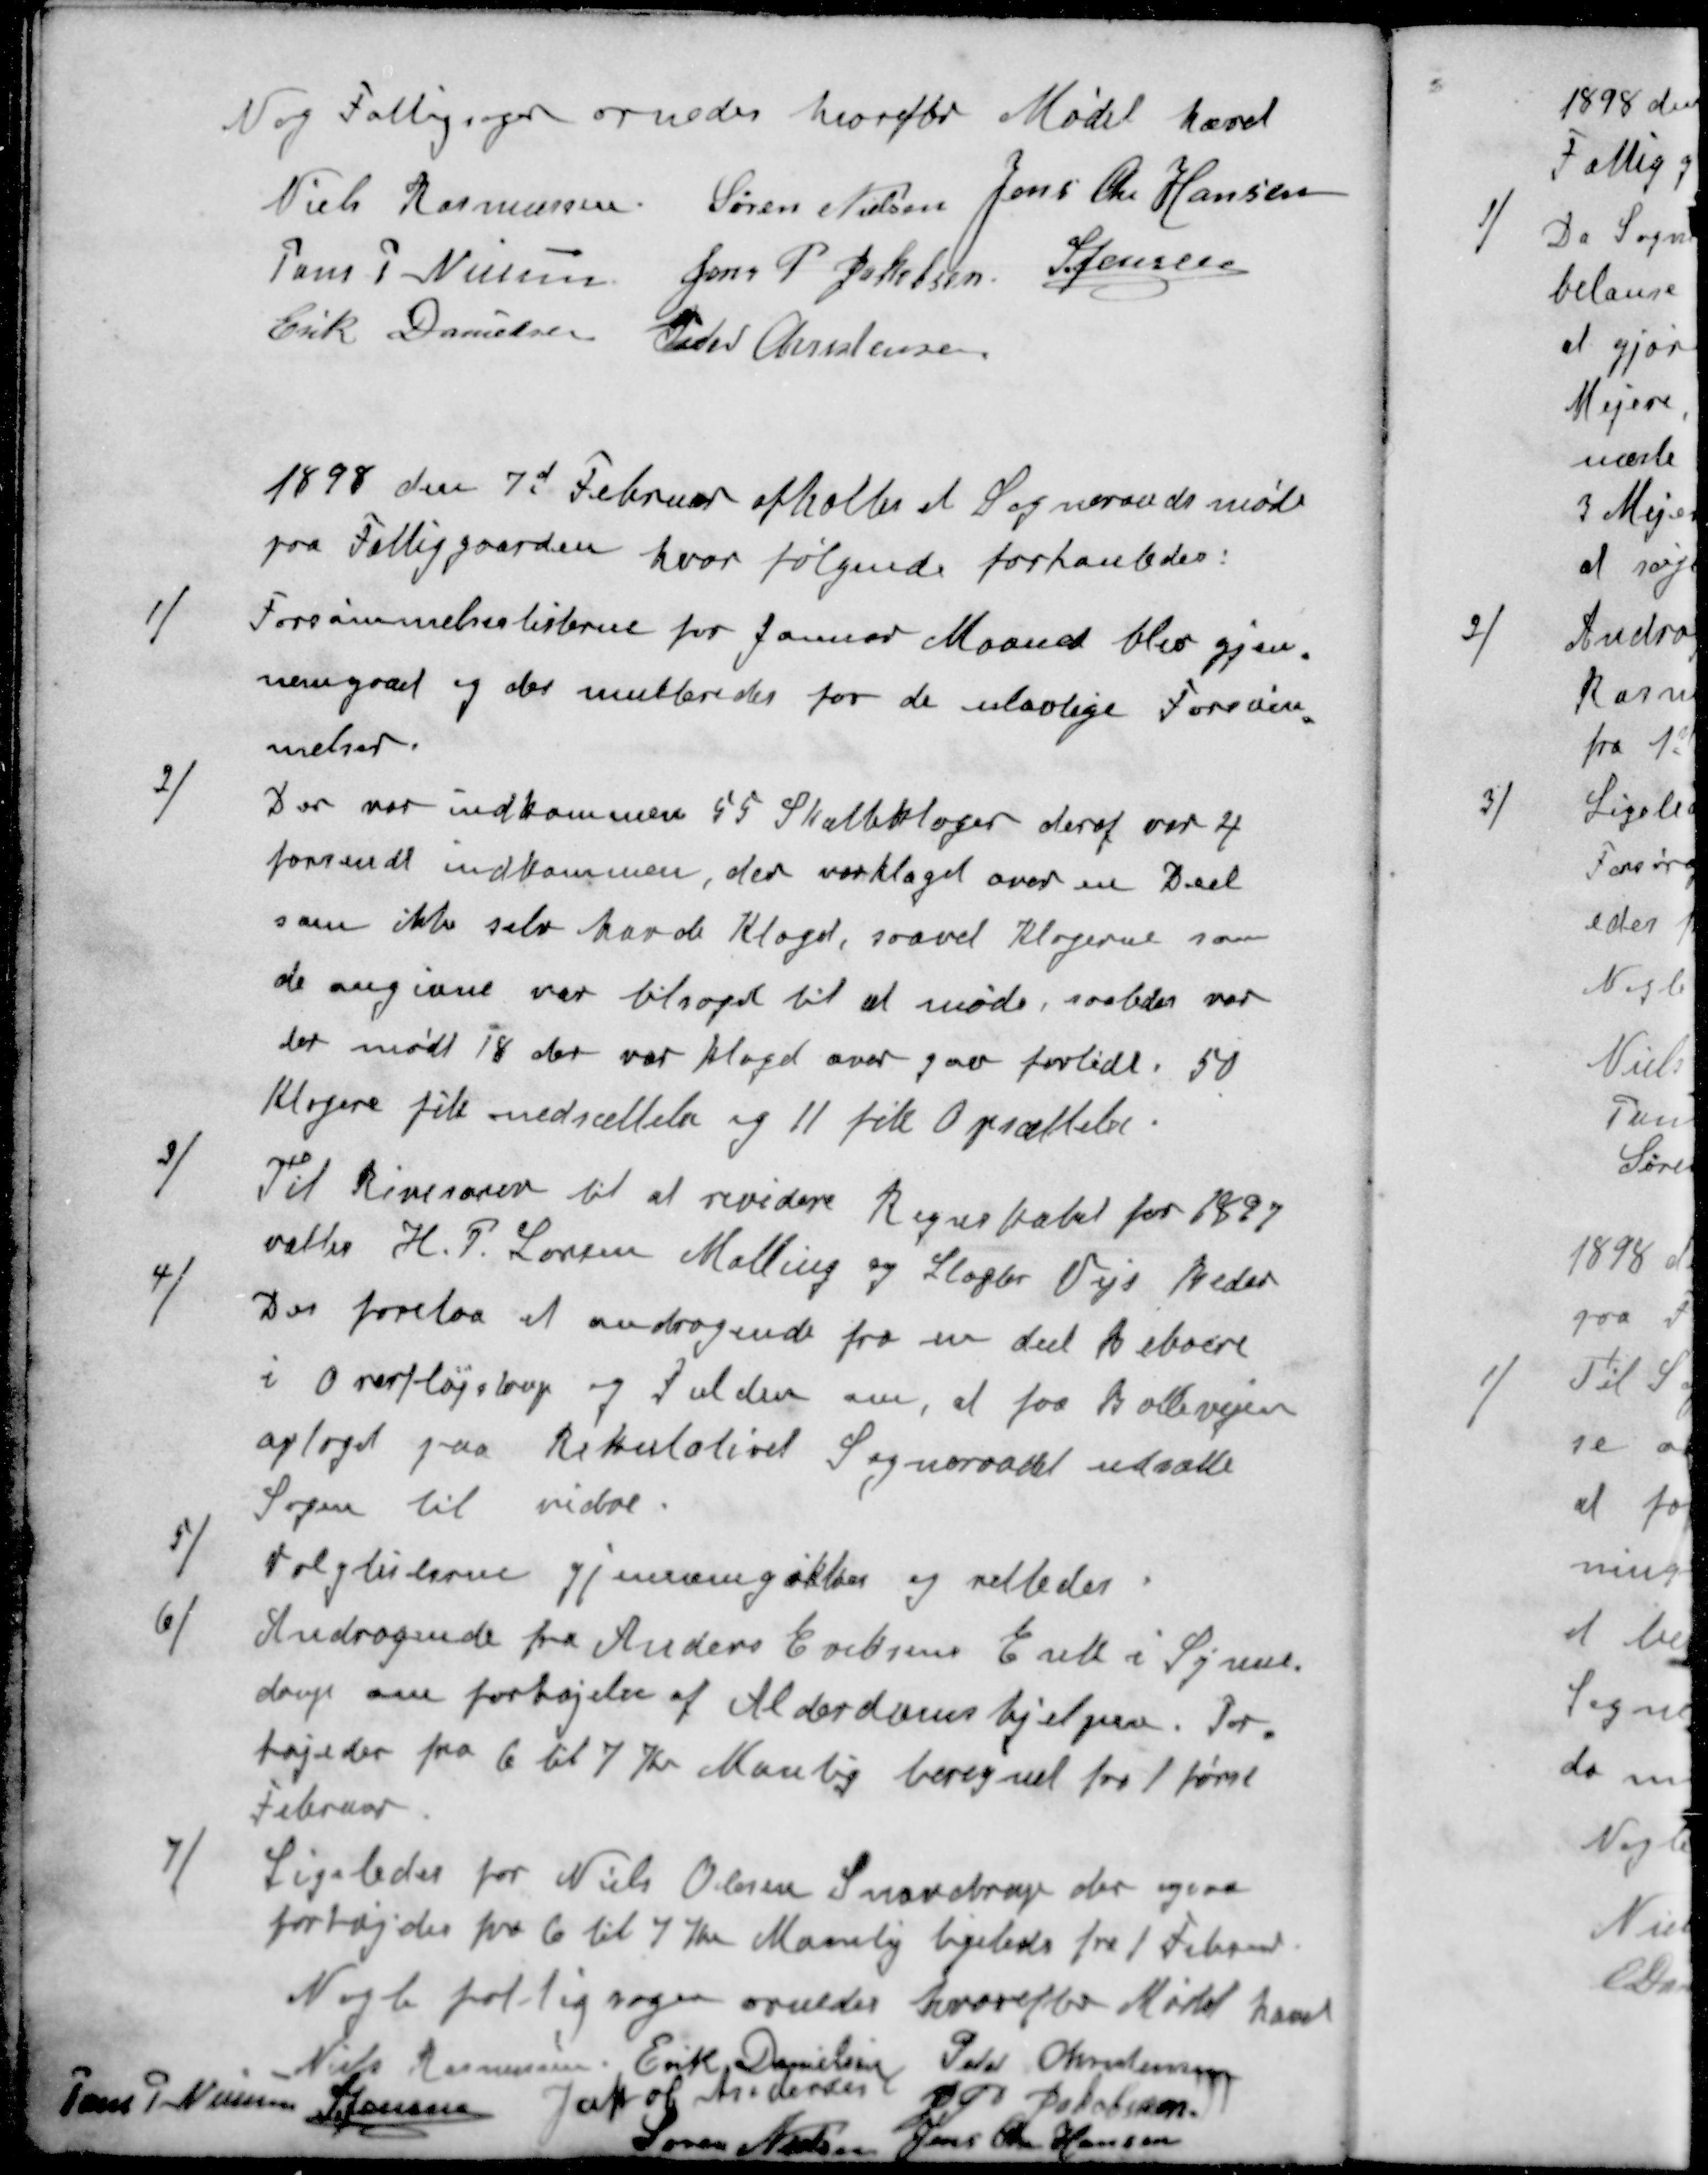
Transskription:
Nog Fattigsager ornedes hvorfor Mødet hævet
Niels Rasmussen
Søren Nielsen
Jens Chr Hansen
Jens P Nielsen
Jens P Jakobsen
S Jensen
Erik Danielsen
Peder Christensen
1898 den 7d Februar afholtes et Sogneraadsmøde
paa Fattiggaarden, hvor følgende forhanledes:
1 ) Forsømmelseslisterne for Januar Maaned blev gjen-
nemgaaet og der multeredes for de ulovlige Forsøm-
melser.
2 ) Der var indkommen 55 Skatteklager deraf var 4
forsendt indkommen, der var klaget over en Deel
som ikke selv havde Klaget, saavel klagerne som
de angivne var tilsagt til at møde, saaledes var
der mødt 18 der var klaget over gav forlidt. 50
Klagere fik nedsættelse og 11 fik Opsættelse.
3 ) Til Revisorer til at revidere Regnskabet for 1897
valtes H. P. Larsen Malling og Slagter Vejs Beder
4 ) Der forelaa et andragende fra en del beboere
i Overfløjstrup og Fulden om, at faa Ballevejen
oplaget paa Rekulativet Sogneraadet udsætte
Sagne til vidre.
5 ) Valglisterne gjennemgikkes og rettedes
6 ) Andragende fra Anders Eriksens Enke i Synne-
drup om forhøjelse af Alderdomshjelpen. For-
højedes fra 6 til 7 Kr Manlig beregnet fra 1 først
Februar
7 ) Ligeledes for Niels Olesen Snovdrup der ogsaa
forhøjedes fra 6 til 7 Kr Maanlig ligeledes fra 1 Februar
Nogle fattigsager ornedes hvorefter Mødet hævet
Niels Rasmussen
Erik Danielsen
Peder Christensen
Jens P Nielsen
S Jensen
Jakob Andersen
J P Jakobsen
Søren Nielsen
Jens Chr Hansen